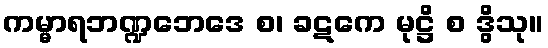
ကမ္မာရဘဏ္ဍဘေဒေ စ၊ ခဋကေ မုဋ္ဌိ စ ဒွိသု။